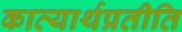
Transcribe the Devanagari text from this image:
काव्यार्थप्रतीति